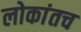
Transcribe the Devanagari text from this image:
लोकांतच